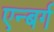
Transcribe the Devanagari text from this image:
एन्बर्ग